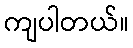
ကျပါတယ်။